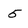
Character: 5